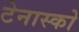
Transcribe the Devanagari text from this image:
टेनास्को